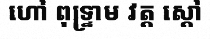
ហៅ ពុទ្ទ្រាម វត្ត ស្តៅ